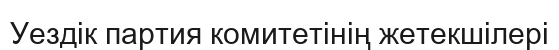
Уездік партия комитетінің жетекшілері